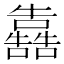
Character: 𭌳